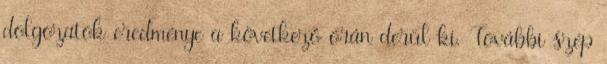
dolgozatok eredménye a következő órán derül ki. További szép